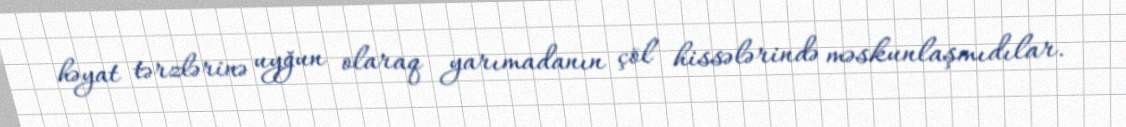
həyat tərzlərinə uyğun olaraq yarımadanın çöl hissələrində məskunlaşmıdılar.